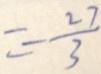
= - \frac { 2 7 } { 3 }